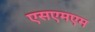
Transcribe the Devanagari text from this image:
एसएमएम